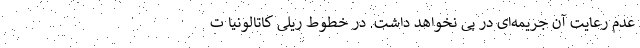
عدم رعایت آن جریمه‌ای در پی نخواهد داشت. در خطوط ریلی کاتالونیا ت